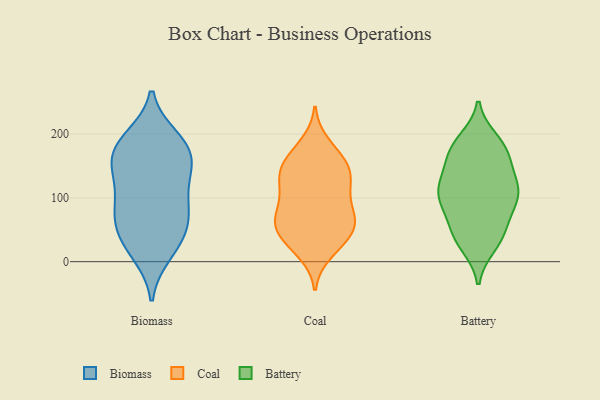
{"axis": {"x": "Active Users", "y": "Value"}, "legend": ["Battery", "Biomass", "Coal"], "data": [{"x": "", "y": 45, "type": "Biomass"}, {"x": "", "y": 91, "type": "Biomass"}, {"x": "", "y": 18, "type": "Biomass"}, {"x": "", "y": 145, "type": "Biomass"}, {"x": "", "y": 117, "type": "Biomass"}, {"x": "", "y": 194, "type": "Biomass"}, {"x": "", "y": 12, "type": "Biomass"}, {"x": "", "y": 38, "type": "Biomass"}, {"x": "", "y": 182, "type": "Biomass"}, {"x": "", "y": 150, "type": "Biomass"}, {"x": "", "y": 103, "type": "Biomass"}, {"x": "", "y": 155, "type": "Biomass"}, {"x": "", "y": 72, "type": "Biomass"}, {"x": "", "y": 191, "type": "Biomass"}, {"x": "", "y": 156, "type": "Biomass"}, {"x": "", "y": 180, "type": "Biomass"}, {"x": "", "y": 69, "type": "Biomass"}, {"x": "", "y": 66, "type": "Biomass"}, {"x": "", "y": 27, "type": "Coal"}, {"x": "", "y": 102, "type": "Coal"}, {"x": "", "y": 109, "type": "Coal"}, {"x": "", "y": 131, "type": "Coal"}, {"x": "", "y": 69, "type": "Coal"}, {"x": "", "y": 15, "type": "Coal"}, {"x": "", "y": 161, "type": "Coal"}, {"x": "", "y": 50, "type": "Coal"}, {"x": "", "y": 52, "type": "Coal"}, {"x": "", "y": 70, "type": "Coal"}, {"x": "", "y": 50, "type": "Coal"}, {"x": "", "y": 75, "type": "Coal"}, {"x": "", "y": 184, "type": "Coal"}, {"x": "", "y": 138, "type": "Coal"}, {"x": "", "y": 122, "type": "Coal"}, {"x": "", "y": 149, "type": "Coal"}, {"x": "", "y": 165, "type": "Coal"}, {"x": "", "y": 35, "type": "Coal"}, {"x": "", "y": 72, "type": "Coal"}, {"x": "", "y": 140, "type": "Coal"}, {"x": "", "y": 182, "type": "Battery"}, {"x": "", "y": 55, "type": "Battery"}, {"x": "", "y": 113, "type": "Battery"}, {"x": "", "y": 26, "type": "Battery"}, {"x": "", "y": 42, "type": "Battery"}, {"x": "", "y": 166, "type": "Battery"}, {"x": "", "y": 177, "type": "Battery"}, {"x": "", "y": 135, "type": "Battery"}, {"x": "", "y": 105, "type": "Battery"}, {"x": "", "y": 84, "type": "Battery"}, {"x": "", "y": 103, "type": "Battery"}, {"x": "", "y": 175, "type": "Battery"}, {"x": "", "y": 108, "type": "Battery"}, {"x": "", "y": 151, "type": "Battery"}, {"x": "", "y": 87, "type": "Battery"}, {"x": "", "y": 31, "type": "Battery"}, {"x": "", "y": 47, "type": "Battery"}, {"x": "", "y": 108, "type": "Battery"}, {"x": "", "y": 123, "type": "Battery"}, {"x": "", "y": 190, "type": "Battery"}]}